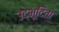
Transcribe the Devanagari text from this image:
उद्भूदिता